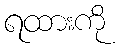
ရထားကို